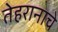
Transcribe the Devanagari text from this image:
तेहरानाचे